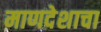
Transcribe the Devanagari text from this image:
माणदेशाचा